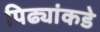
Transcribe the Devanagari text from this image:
पिढ्यांकडे